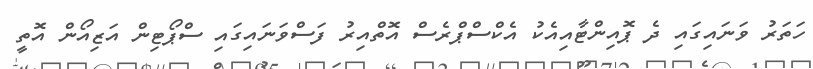
ހަތަރު ވަނައިގައި ދެ ޕޮއިންޓާއިއެކު އެކްސްޕްރެސް އޮތްއިރު ފަސްވަނައިގައި ސްޕޯޓިން އަޒިއޯން އޮތީ